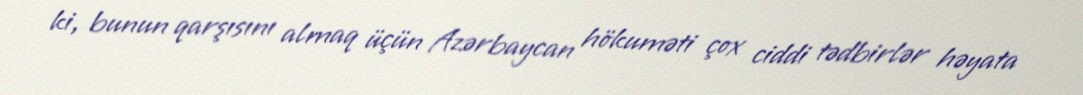
ki, bunun qarşısını almaq üçün Azərbaycan hökuməti çox ciddi tədbirlər həyata